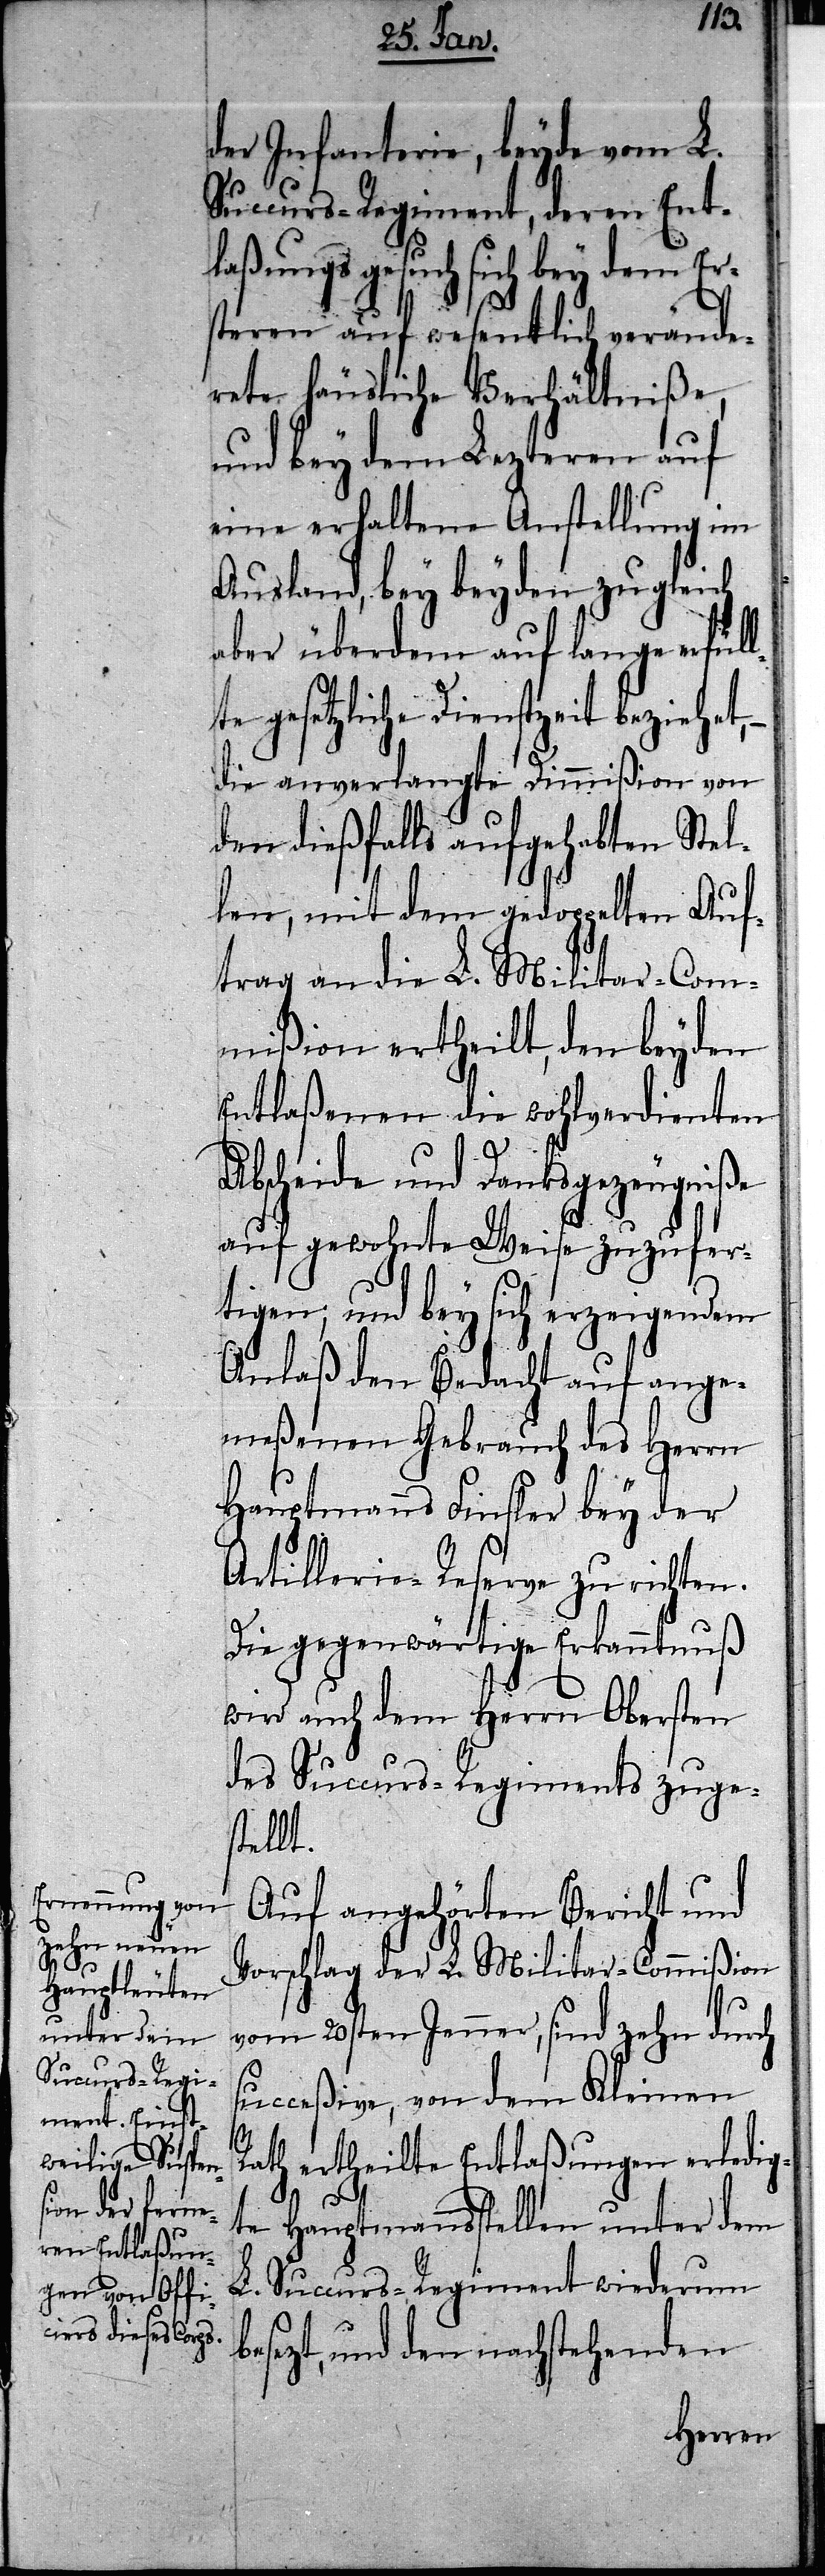
be¬
der Infanterie, beyde vom L.
Succurs-Regiment, deren Ent¬
laßungsgesuch sich bey dem Er¬
steren auf wesentlich verände¬
rte häusliche Verhältniße,
und bey dem Lezteren auf
eine erhaltene Anstellung im
Ausland, bey beyden zugleich
aber überdem auf lange erfüll¬
e gesetzliche Dienstzeit beziehet,
die anverlangte Dimmißion von
den dießfalls aufgehabten Stel¬
len, mit dem gedoppelten Auf¬
trag an die L. Militar-Com¬
mißion ertheilt, den beyden
Entlaßenen die wohlverdienten
Abscheide und Danksgezeugniße
auf gewohnte Weise zuzufer¬
tigen; und bey sich erzeigendem
Anlaß den Bedacht auf ange¬
meßenen Gebrauch des Herrn
Hauptmanns Finsler bey der
Artillerie-Reserve zu richten.
Die gegenwärtige Erkanntnuß
wird auch dem Herrn Obersten
des Succurs-Regiments zuge¬
stellt.
Auf angehörten Bericht und
Vorschlag der L. Militar-Commißion
vom 20sten Jenner, sind zehn durch
succeßive, von dem Kleinen
ath ertheilte Entlaßungen erledig¬
te Hauptmannsstellen unter dem
L. Succurs-Regiment wiederum
setzt, und den nachstehenden